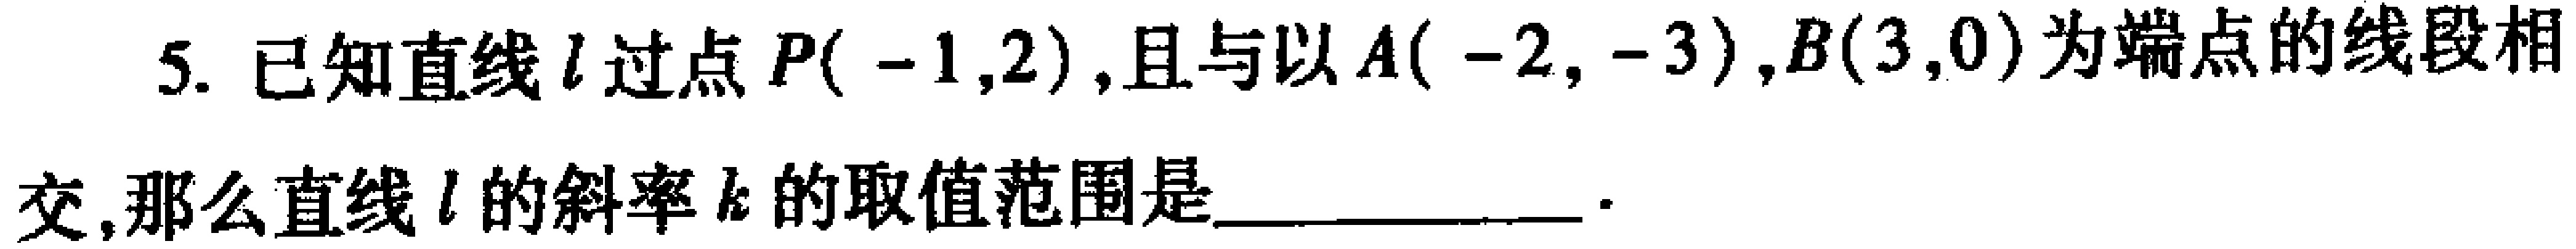
5. 已知直线\(l\)过点\(P(-1,2)\)，且与以\(A(-2,-3)\)，\(B(3,0)\)为端点的线段相交，那么直线\(l\)的斜率\(k\)的取值范围是  。